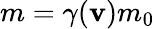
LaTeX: m=\gamma(\mathbf{v})m_{0}